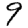
Digit: 9